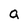
Character: a